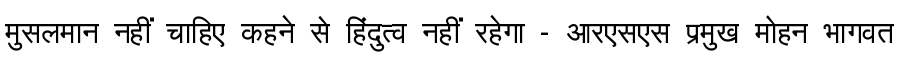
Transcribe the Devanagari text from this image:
मुसलमान नहीं चाहिए कहने से हिंदुत्व नहीं रहेगा - आरएसएस प्रमुख मोहन भागवत